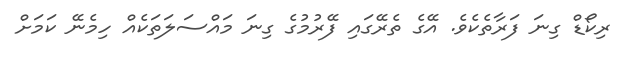
ރިކޯޑް ގިނަ ފަރާތެކެވެ. އޭގެ ތެރޭގައި ފޭރުމުގެ ގިނަ މައްސަލަތަކެއް ހިމެނޭ ކަމަށް